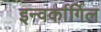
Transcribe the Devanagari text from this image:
इन्वर्कार्गिल